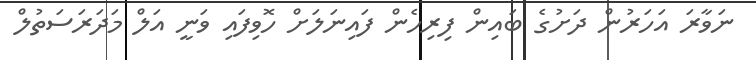
ނަވާރަ އަހަރުން ދަށުގެ ބައިން ފިރިހެން ފައިނަލަށް ހޮވިފައި ވަނީ އަލް މަދަރަސަތުލް